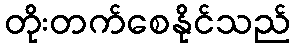
တိုးတက်စေနိုင်သည်